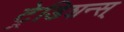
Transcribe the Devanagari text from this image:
ट्रेडिशन्स्‌